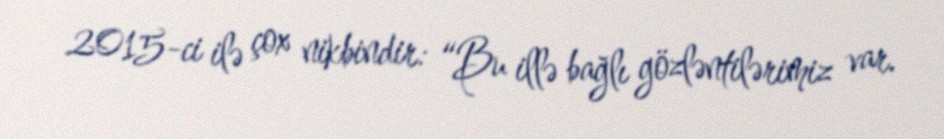
2015-ci ilə çox nikbindir: “Bu illə bağlı gözləntilərimiz var.